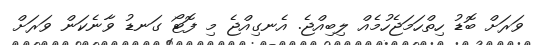
ވަރަށް ބޮޑު ހިތްހަމަޖެހުމެއް ލިބިއްޖެ. އެނގިއްޖެ މި ފޮޓޯ ގަނޑު ވާނެކަން ވަރަށް